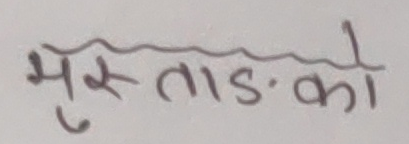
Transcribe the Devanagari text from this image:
मुस्ताङको